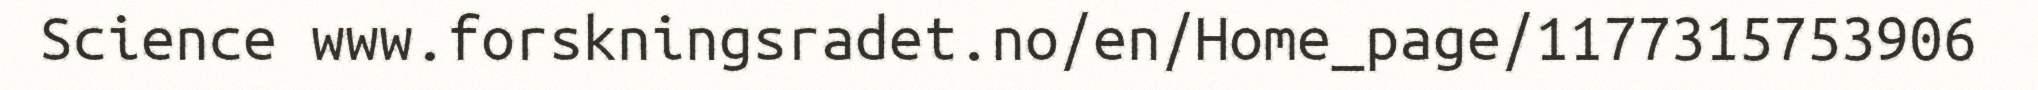
Science www.forskningsradet.no/en/Home_page/1177315753906